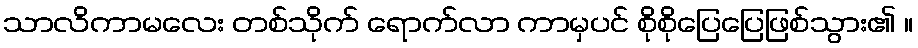
သာလိကာမလေး တစ်သိုက် ရောက်လာ ကာမှပင် စိုစိုပြေပြေဖြစ်သွား၏ ။